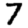
Digit: 7